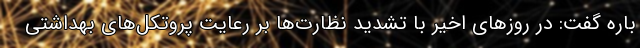
باره گفت: در روزهای اخیر با تشدید نظارت‌ها بر رعایت پروتکل‌های بهداشتی